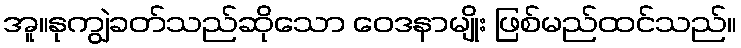
အူ။နုကျွဲခတ်သည်ဆိုသော ဝေဒနာမျိုး ဖြစ်မည်ထင်သည်။